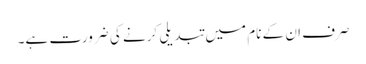
صرف ان کے نام میں تبدیلی کرنے کی ضرورت ہے۔